Report on lock hospitals in British Burma
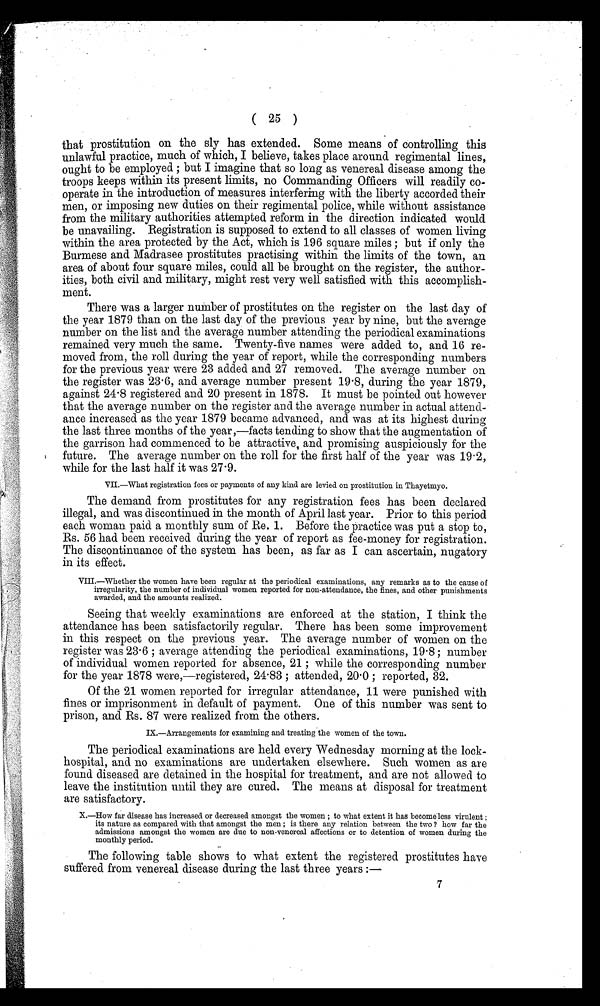
( 25 )
that prostitution on the sly has extended. Some means of controlling this
unlawful practice, much of which, I believe, takes place around regimental lines,
ought to be employed ; but I imagine that so long as venereal disease among the
troops keeps within its present limits, no Commanding Officers will readily co-
operate in the introduction of measures interfering with the liberty accorded their
men, or imposing new duties on their regimental police, while without assistance
from the military authorities attempted reform in the direction indicated would
be unavailing. Registration is supposed to extend to all classes of women living
within the area protected by the Act, which is 196 square miles ; but if only the
Burmese and Madrasee prostitutes practising within the limits of the town, an
area of about four square miles, could all be brought on the register, the author-
ities, both civil and military, might rest very well satisfied with this accomplish-
ment.
There was a larger number of prostitutes on the register on the last day of
the year 1879 than on the last day of the previous year by nine, but the average
number on the list and the average number attending the periodical examinations
remained very much the same. Twenty-five names were added to, and 16 re-
moved from, the roll during the year of report, while the corresponding numbers
for the previous year were 23 added and 27 removed. The average number on
the register was 23.6, and average number present 19.8, during the year 1879,
against 24.8 registered and 20 present in 1878. It must be pointed out however
that the average number on the register and the average number in actual attend-
ance increased as the year 1879 became advanced, and was at its highest during
the last three months of the year,—facts tending to show that the augmentation of
the garrison had commenced to be attractive, and promising auspiciously for the
future. The average number on the roll for the first half of the year was 19.2,
while for the last half it was 27.9.
VII.—what registration fees or payments of any kind are levied on prostitution in Thayetmyo.
The demand from prostitutes for any registration fees has been declared
illegal, and was discontinued in the month of April last year. Prior to this period
each woman paid a monthly sum of Re. 1. Before the practice was put a stop to,
Rs. 56 had been received during the year of report as fee-money for registration.
The discontinuance of the system has been, as far as I can ascertain, nugatory
in its effect.
VIII.—whether the women have been regular at the periodical examinations, any remarks as to the cause of
irregularity, the number of individual women reported for non-attendance, the fines, and other punishments
awarded, and the amounts realized.
Seeing that weekly examinations are enforced at the station, I think the
attendance has been satisfactorily regular. There has been some improvement
in this respect on the previous year. The average number of women on the
register was 23.6 ; average attending the periodical examinations, 19.8 ; number
of individual women reported for absence, 21 ; while the corresponding number
for the year 1878 were,—registered, 24.83 ; attended, 20.0 ; reported, 32.
Of the 21 women reported for irregular attendance, 11 were punished with
fines or imprisonment in default of payment. One of this number was sent to
prison, and Rs. 87 were realized from the others.
IX.—Arrangements for examining and treating the women of the town.
The periodical examinations are held every Wednesday morning at the lock-
hospital, and no examinations are undertaken elsewhere. Such women as are
found diseased are detained in the hospital for treatment, and are not allowed to
leave the institution until they are cured. The means at disposal for treatment
are satisfactory.
X.—How far disease has increased or decreased amongst the women ; to what extent it has become less virulent ;
its nature as compared with that amongst the men ; is there any relation between the two ? how far the
admissions amongst the women are due to non-venereal affections or to detention of women during the
monthly period.
The following table shows to what extent the registered prostitutes have
suffered from venereal disease during the last three years :—